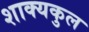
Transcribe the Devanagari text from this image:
शाक्यकुल